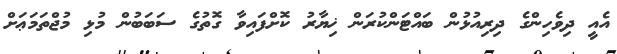
އެއީ ދިވެހިންގެ ދިރިއުޅުން ބައްޓަންކުރަން ޚިޔާރު ކޮށްފައިވާ ގޮތުގެ ސަބަބުން މުޅި މުޖްތަމަޢަށް